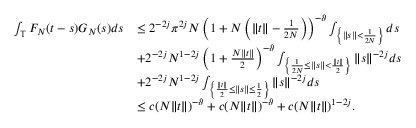
\begin{array} { r l } { \int _ { \mathbb { T } } F _ { N } ( t - s ) G _ { N } ( s ) d s } & { \leq 2 ^ { - 2 j } \pi ^ { 2 j } N \left( 1 + N \left( \Vert t \Vert - \frac { 1 } { 2 N } \right) \right) ^ { - \vartheta } \int _ { \left\{ \| s \| < \frac { 1 } { 2 N } \right\} } d s } \\ & { + 2 ^ { - 2 j } N ^ { 1 - 2 j } \left( 1 + \frac { N \Vert t \Vert } { 2 } \right) ^ { - \vartheta } \int _ { \left\{ \frac { 1 } { 2 N } \leq \| s \| < \frac { \Vert t \Vert } { 2 } \right\} } \Vert s \Vert ^ { - 2 j } d s } \\ & { + 2 ^ { - 2 j } N ^ { 1 - 2 j } \int _ { \left\{ \frac { \Vert t \Vert } { 2 } \leq \| s \| \leq \frac { 1 } { 2 } \right\} } \Vert s \Vert ^ { - 2 j } d s } \\ & { \leq c ( N \Vert t \Vert ) ^ { - \vartheta } + c ( N \Vert t \Vert ) ^ { - \vartheta } + c ( N \Vert t \Vert ) ^ { 1 - 2 j } . } \end{array}